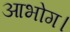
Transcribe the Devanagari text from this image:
आभोग।